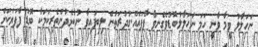
ނަހަލާލު ވީމާ ވާނީ ހަމަ ނަހަލާލު.ބޮޑުވެގެނވާ ފާފައެއް.ގުދުރަތުން ލިބިފައިވާ ނުކުޅެދުންތެރިކަމަކާ ބޮޑު ފާފަޔަކަށް